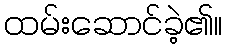
ထမ်းဆောင်ခဲ့၏။